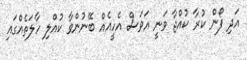
އަދި ފޯން ކުރާ ކުއްޖާ ވަނީ އަވަސް އެހީއެއް ބޭނުންވާ ކުއްލި ހާލަތެއްގައި